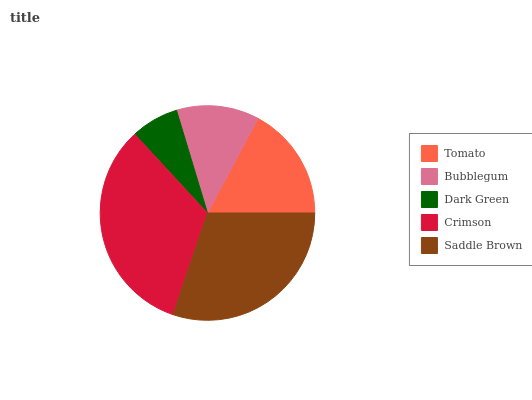
| Tomato | Bubblegum | Dark Green | Crimson | Saddle Brown |
 | --- | --- | --- | --- | --- |
 | 17.2% | 12.5% | 7.21% | 32.9% | 30.2% |